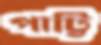
পাট্টি